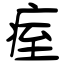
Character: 痓